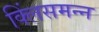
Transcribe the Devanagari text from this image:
क्लिंसमन्न